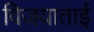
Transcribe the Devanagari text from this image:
विजयाताई